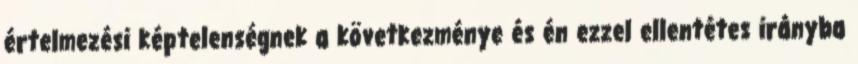
értelmezési képtelenségnek a következménye és én ezzel ellentétes irányba